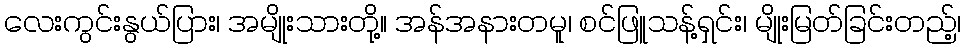
လေးကွင်းနွယ်ပြား၊ အမျိုးသားတို့။ အန်အနားတမူ၊ စင်ဖြူသန့်ရှင်း၊ မျိုးမြတ်ခြင်းတည့်၊